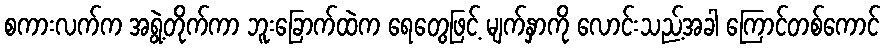
စကားလက်က အရွဲ့တိုက်ကာ ဘူးခြောက်ထဲက ရေတွေဖြင့် မျက်နှာကို လောင်းသည့်အခါ ကြောင်တစ်ကောင်